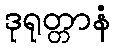
ဒုရုတ္တာနံ